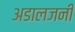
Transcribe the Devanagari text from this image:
अडालजनी